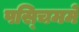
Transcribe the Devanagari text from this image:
पस्चिममे